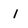
Character: i